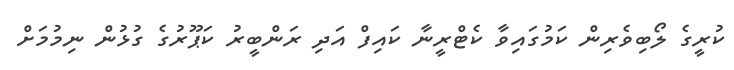
ކުރީގެ ލޯބިވެރިން ކަމުގައިވާ ކެޓްރީނާ ކައިފް އަދި ރަންބީރު ކަޕޫރުގެ ގުޅުން ނިމުމަށް